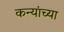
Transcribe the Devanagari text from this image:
कन्यांच्या